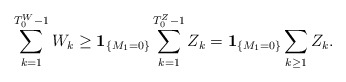
\begin{align*} \sum_{k=1}^{T_0^{W}-1}W_k\geq \mathbf{1}_{\{M_1=0\}}\sum_{k=1}^{T_0^{Z}-1}Z_k=\mathbf{1}_{\{M_1=0\}}\sum_{k\geq1}Z_k. \end{align*}